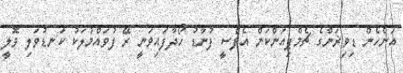
އަންހެން ޑިވިޜަންގެ ޗެމްޕިއަންކަން އެފްސީ ފުނާޑު ހޯދާފައިވަނީ ރޭ ފުވައްމުލަކު ކަނޑުވަލި ވޮލީ